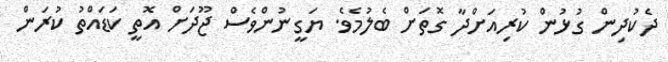
ދެކުދިން ގުޅުން ކުރިއަށްދާ ގޮތަށް ބެލުމެވެ. ޔަގީނުންވެސް ޖޫދަށް އޮތީ ކަޑައްތު ކުރަން